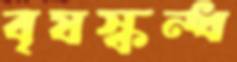
বৃষস্কন্ধ